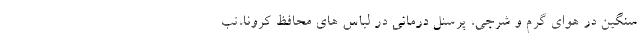
سنگین در هوای گرم و شرجی، پرسنل درمانی در لباس های محافظ کرونا،تب